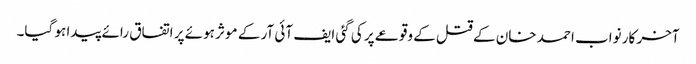
آخر کار نواب احمد خان کے قتل کے وقوعے پر کی گئی ایف آئی آر کے موثر ہوئے پر اتفاق رائے پیدا ہو گیا۔